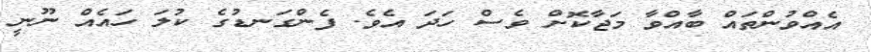
އެއްވުންތައް ބާއްވާ މަޖާކޮށް ވެސް ހަދަ އެވެ. ފެންގަނޑުގެ ކުލަ ހައެއް ނޫނީ